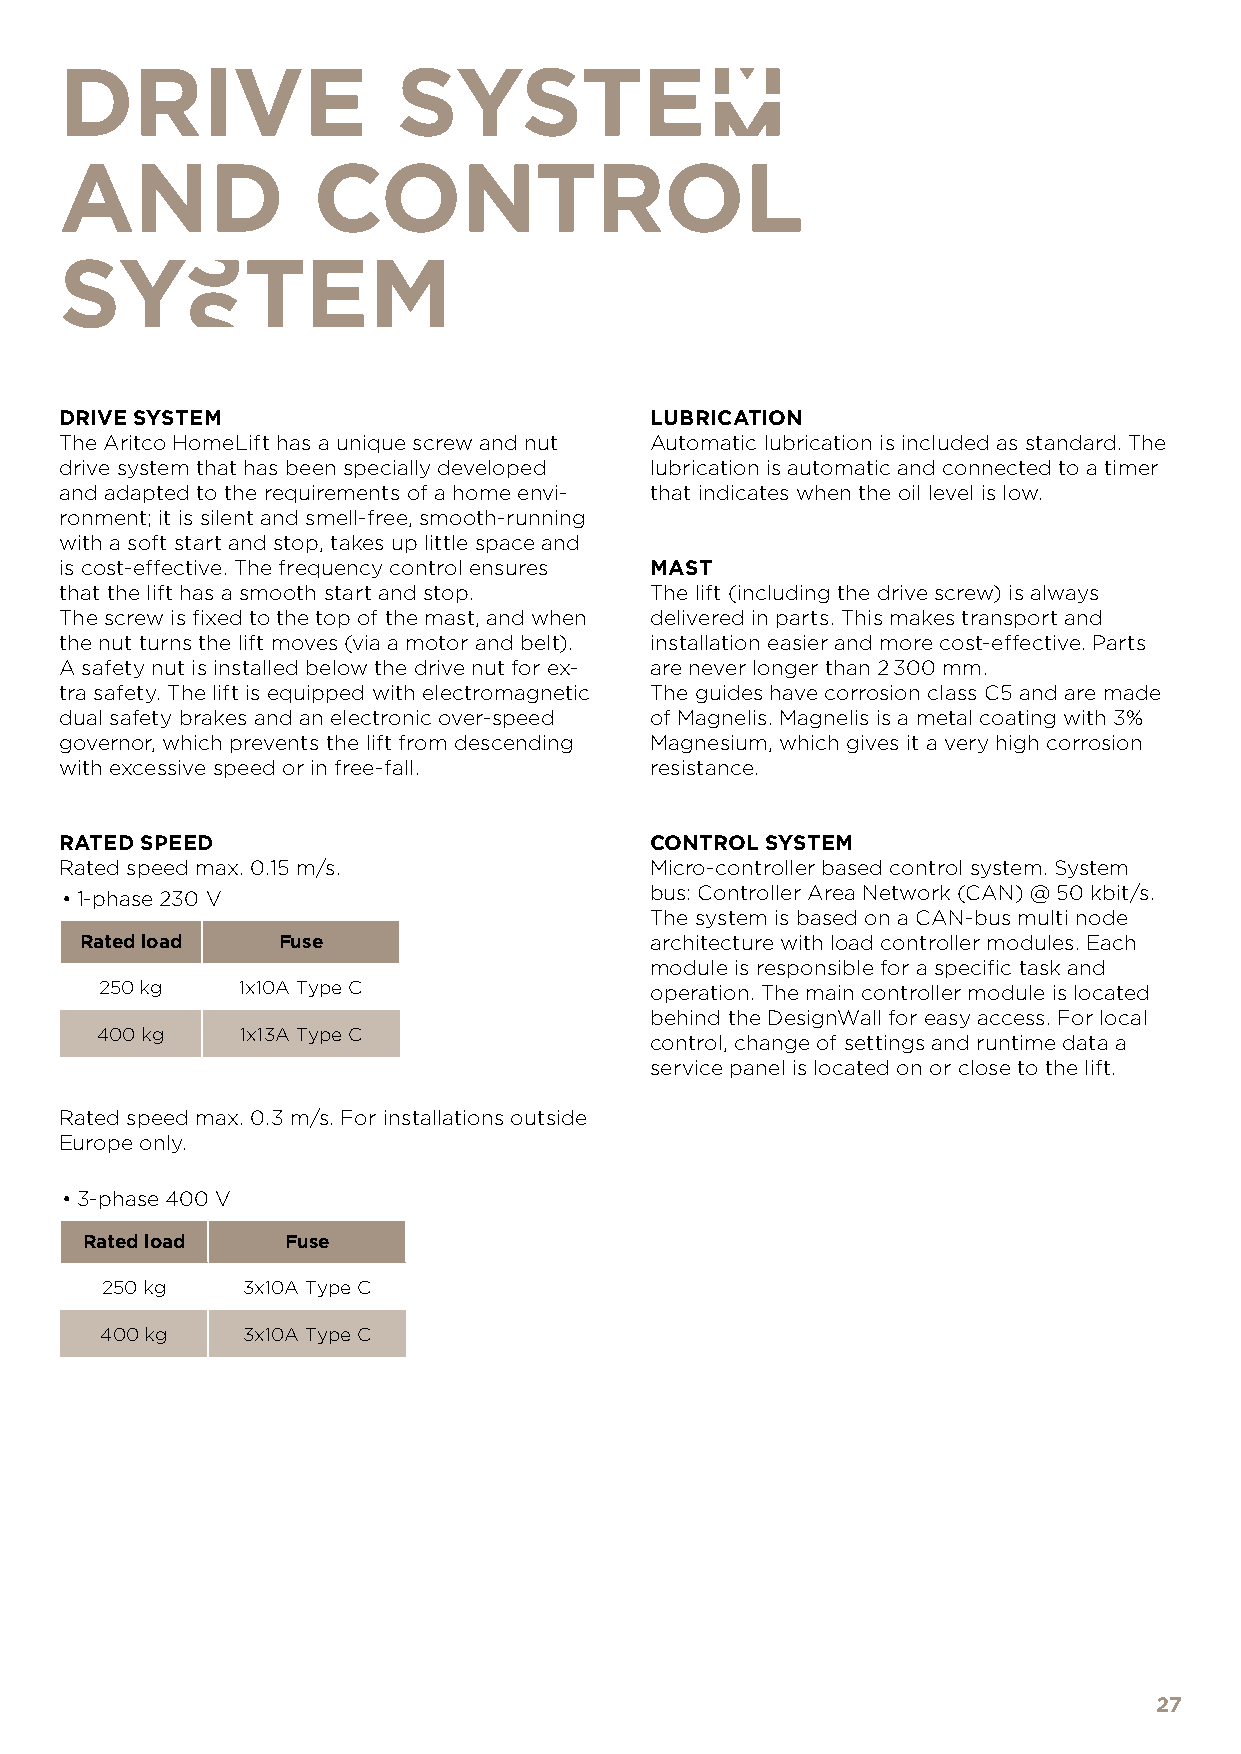
DRIVE                 SYSTEM
 AND              CONTROL
 SYSTEM
 DRIVE SYSTEM                           LUBRICATION
 The Aritco HomeLift has a unique screw and nut Automatic lubrication is included as standard. The
 drive system that has been specially developed lubrication is automatic and connected to a timer
 and adapted to the requirements of a home envi- that indicates when the oil level is low.
 ronment; it is silent and smell-free, smooth-running
 with a soft start and stop, takes up little space and
 is cost-effective. The frequency control ensures MAST
 that the lift has a smooth start and stop. The lift (including the drive screw) is always
 The screw is fixed to the top of the mast, and when delivered in parts. This makes transport and
 the nut turns the lift moves (via a motor and belt). installation easier and more cost-effective. Parts
 A safety nut is installed below the drive nut for ex- are never longer than 2 300 mm.
 tra safety. The lift is equipped with electromagnetic The guides have corrosion class C5 and are made
 dual safety brakes and an electronic over-speed of Magnelis. Magnelis is a metal coating with 3%
 governor, which prevents the lift from descending Magnesium, which gives it a very high corrosion
 with excessive speed or in free-fall.  resistance.
 RATED SPEED                            CONTROL SYSTEM
 Rated speed max. 0.15 m/s.             Micro-controller based control system. System
 •1-phase 230 V                         bus: Controller Area Network (CAN) @ 50 kbit/s.
 The system is based on a CAN-bus multi node
 Rated load   Fuse                     architecture with load controller modules. Each
 module is responsible for a specific task and
 250 kg   1x10A Type C               operation. The main controller module is located
 behind the DesignWall for easy access. For local
 400 kg    1x13A Type C
 control, change of settings and runtime data a
 service panel is located on or close to the lift.
 Rated speed max. 0.3 m/s. For installations outside
 Europe only.
 •3-phase 400 V
 Rated load    Fuse
 250 kg   3x10A Type C
 400 kg   3x10A Type C
 27